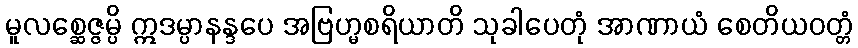
မူလစ္ဆေဇ္ဇမ္ပိ ဣဒမ္ပာနန္ဒပေ အဗြဟ္မစရိယာတိ သုခါပေတုံ အာဏာယံ စေတိယဝတ္တံ